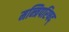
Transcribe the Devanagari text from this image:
मन्त्रिपरिषद्